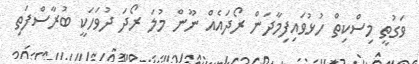
ވަގުތީ މިސްކިތް ހުޅުވައިފިމާދަން ރޯދައެއް ނޫން މުލަ ރޯދަ ދުވަހަކީ ބުރާސްފަތި